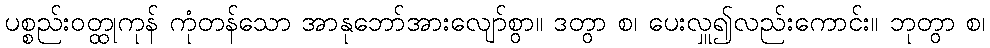
ပစ္စည်းဝတ္ထုကုန် ကုံတန်သော အာနုဘော်အားလျော်စွာ။ ဒတွာ စ၊ ပေးလှူ၍လည်းကောင်း။ ဘုတွာ စ၊